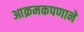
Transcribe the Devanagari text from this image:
आक्रमकपणाने